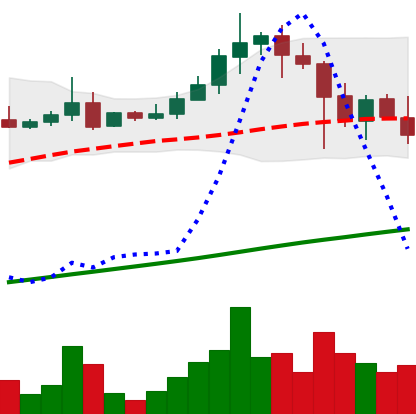
Ticker: ADA-USD
Chart end date: 2021-04-22
Forward return: 13.941%
Label: up_7plus